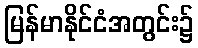
မြန်မာနိုင်ငံအတွင်း၌